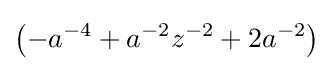
\left(-a^{-4}+a^{-2}z^{-2}+2a^{-2}\right)